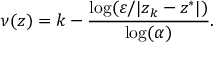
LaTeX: \nu ( z ) = k - { \frac { \log ( \varepsilon / | z _ { k } - z ^ { * } | ) } { \log ( \alpha ) } } .